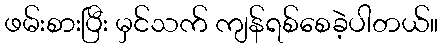
ဖမ်းစားပြီး မှင်သက် ကျန်ရစ်စေခဲ့ပါတယ်။